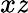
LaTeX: x\mathit{z}